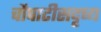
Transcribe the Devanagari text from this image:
चौपाटीसदृष्य